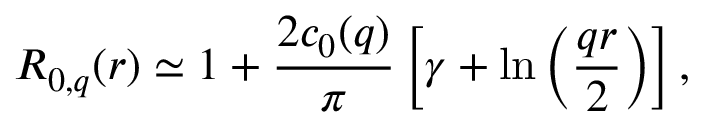
R _ { 0 , q } ( r ) \simeq 1 + { \frac { 2 c _ { 0 } ( q ) } { \pi } } \left[ \gamma + \ln \left( { \frac { q r } { 2 } } \right) \right] ,